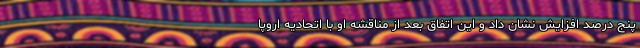
پنج درصد افزایش نشان داد و این اتفاق بعد از مناقشه او با اتحادیه اروپا